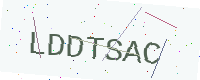
Text: LDDTSAC